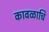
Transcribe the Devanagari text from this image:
कावळाचि